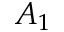
A _ { 1 }